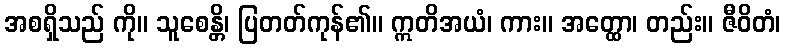
အစရှိသည် ကို။ သူစေန္တိ၊ ပြတတ်ကုန်၏။ ဣတိအယံ၊ ကား။ အတ္ထော၊ တည်း။ ဇီဝိတံ၊